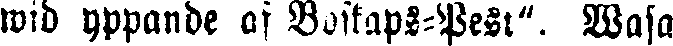
wid yppande af Boskaps-Pest". Wasa